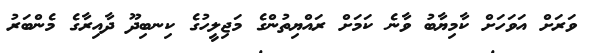
ވަރަށް އަވަހަށް ކާމިޔާބު ވާނެ ކަމަށް ރައްޔިތުންގެ މަޖިލީހުގެ ކިނބިދޫ ދާއިރާގެ މެންބަރު